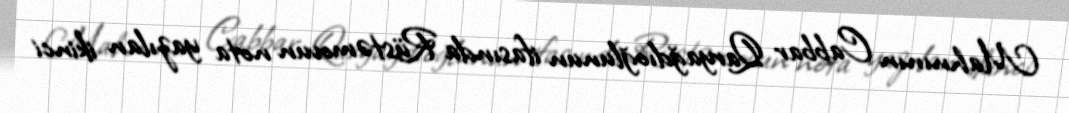
Mahnının Cabbar Qaryağdıoğlunun ifasında Rüstəmovun nota yazılan ikinci